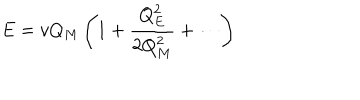
E = v Q _ { M } \left( 1 + { \frac { Q _ { E } ^ { 2 } } { 2 Q _ { M } ^ { 2 } } } + \cdots \right)